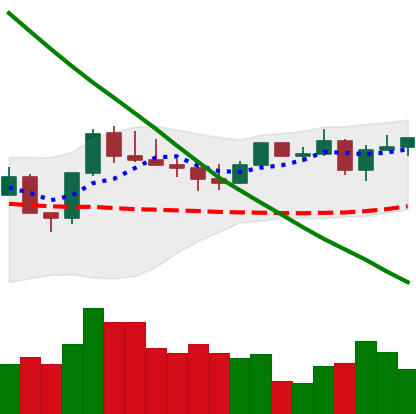
Ticker: LTC-USD
Chart end date: 2022-08-12
Forward return: -4.065%
Label: down_3_5